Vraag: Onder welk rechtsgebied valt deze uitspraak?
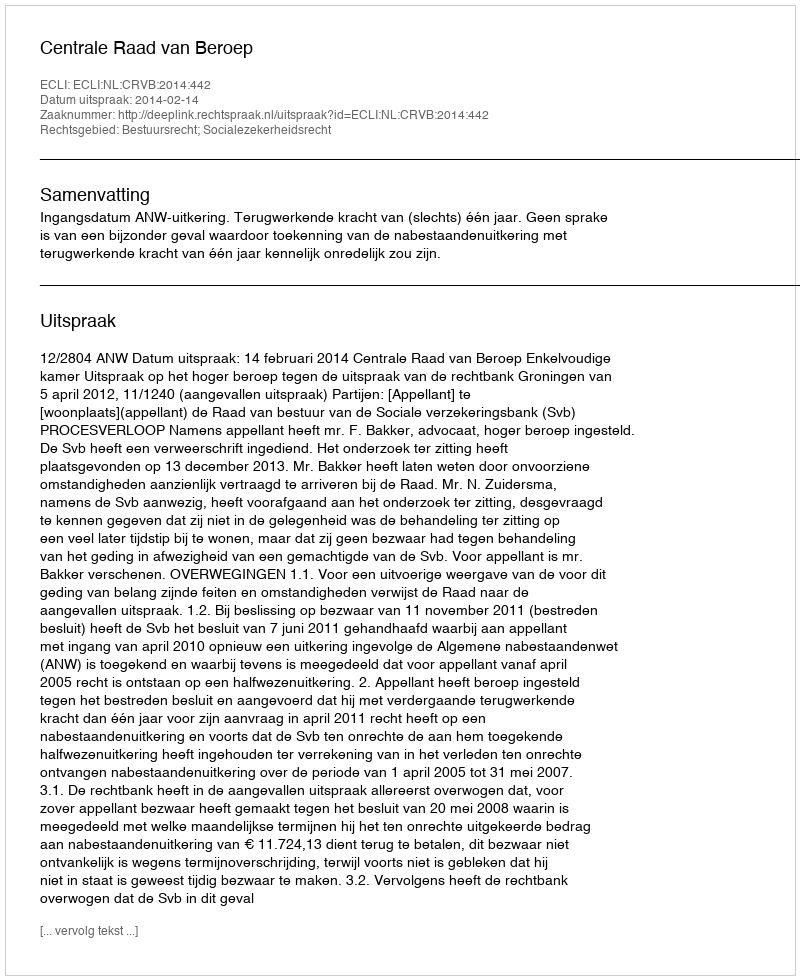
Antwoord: Bestuursrecht; Socialezekerheidsrecht